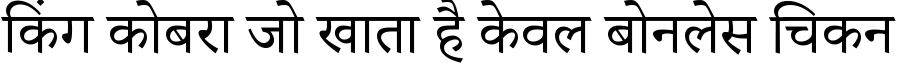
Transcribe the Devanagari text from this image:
किंग कोबरा जो खाता है केवल बोनलेस चिकन